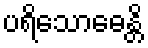
ပရိသောဓေန္တိ